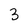
Character: 3